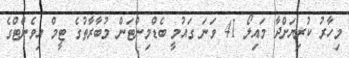
މިހާރު ކުރިޔަށްދާ މައިލޯ 41 ވަނަ ގައުމީ ބެޑްމިންޓަން މުބާރާތުގެ ޓީމް އިވެންޓްގެ